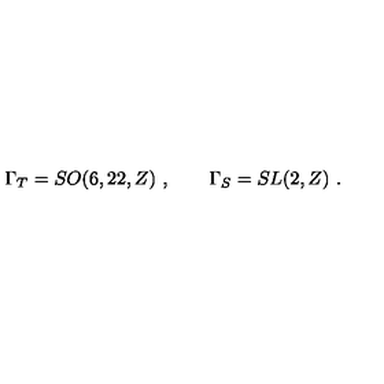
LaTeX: \Gamma _ { T } = S O ( 6 , 2 2 , Z ) \ , \qquad \Gamma _ { S } = S L ( 2 , Z ) \ .